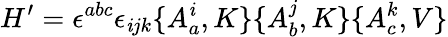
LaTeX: H^{\prime}=\epsilon^{abc}\epsilon_{\mathit{i}jk}\{ A_{a}^{\mathit{i}},K\} \{ A_{b}^{j},K\} \{ A_{c}^{k},V\}